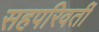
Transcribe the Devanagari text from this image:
सहपरिवर्ती